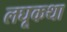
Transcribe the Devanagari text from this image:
लघूकथा